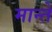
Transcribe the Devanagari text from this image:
मान्ते